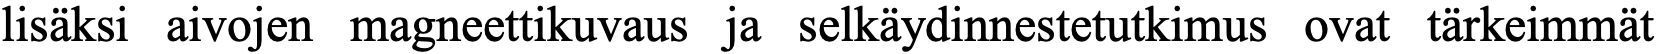
lisäksi aivojen magneettikuvaus ja selkäydinnestetutkimus ovat tärkeimmät